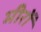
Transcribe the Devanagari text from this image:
मीरों